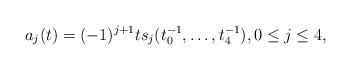
LaTeX: \begin{align*}a_j(t)=(-1)^{j+1}ts_j(t_0^{-1}, \dots, t_4^{-1}), 0\leq j \leq 4, \end{align*}